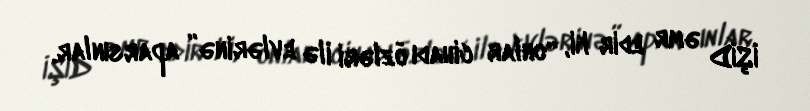
İŞİD əmr edir ki, “onlar cihadı özləri ilə evlərinə” aparsınlar.